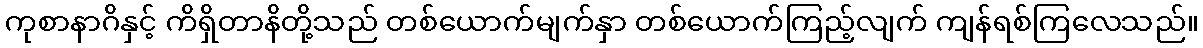
ကုစာနာဂိနှင့် ကိရှိတာနိတို့သည် တစ်ယောက်မျက်နှာ တစ်ယောက်ကြည့်လျက် ကျန်ရစ်ကြလေသည်။